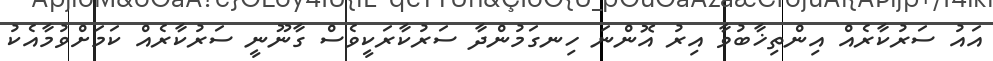
އައު ސަރުކާރެއް އިންތިޚާބުވާ އިރު އޮންނަ ހިނގަމުންދާ ސަރުކާރަކީވެސް ގާނޫނީ ސަރުކާރެއް ކަމަށްވުމާއެކު